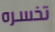
تخسره